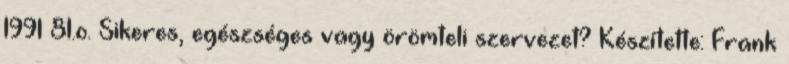
1991 81.o. Sikeres, egészséges vagy örömteli szervezet? Készítette: Frank